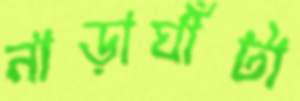
নাড়াঘাঁটা